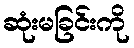
ဆုံးမခြင်းကို